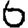
Digit: 6